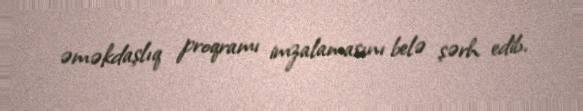
əməkdaşlıq proqramı imzalamasını belə şərh edib.